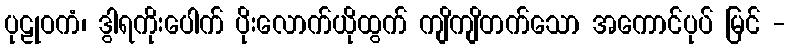
ပုဠုဝကံ၊ ဒွါရကိုးပေါက် ပိုးလောက်ယိုထွက် ကျိကျိတက်သော အကောင်ပုပ် မြင် -